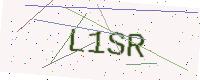
Text: L1SR